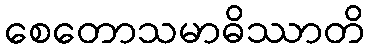
စေတောသမာဓိဿာတိ